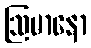
ဩမာနော